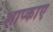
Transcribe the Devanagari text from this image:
शाप्काए